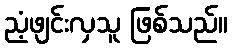
ညံ့ဖျင်းလှသူ ဖြစ်သည်။